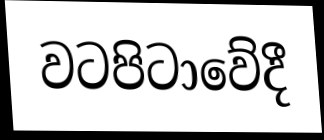
වටපිටාවේදී